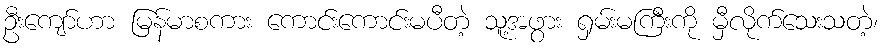
ဦးကျော်ဟာ မြန်မာစကား ကောင်းကောင်းမပီတဲ့ သူ့အဖွား ရှမ်းမကြီးကို မှီလိုက်သေးသတဲ့၊